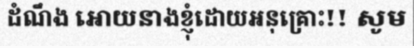
ដំណឹង អោយនាងខ្ញុំដោយអនុគ្រោះ!! សូម